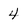
Character: 4